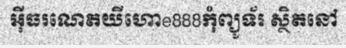
អ៊ីធរណេតយីហោe888កុំព្យូទ័រ ស្ថិតនៅ